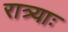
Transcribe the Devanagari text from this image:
रात्र्याः